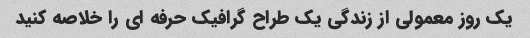
یک روز معمولی از زندگی یک طراح گرافیک حرفه ای را خلاصه کنید